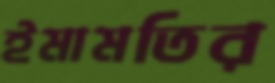
ইমামতির